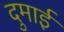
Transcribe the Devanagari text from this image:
दुमाई